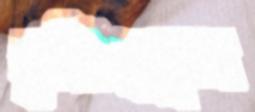
দৃষ্টিস্বল্পতা